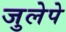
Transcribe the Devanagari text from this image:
जुलेपे